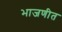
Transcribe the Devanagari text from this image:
भाजणीत